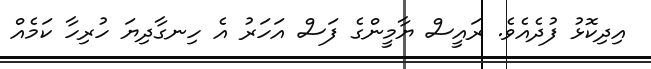
އިދިކޮޅު ފުދެއެވެ. ރައީސް ޔާމީންގެ ފަސް އަހަރު އެ ހިނގާދިޔަ ހުރިހާ ކަމެއް